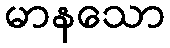
မာနသော